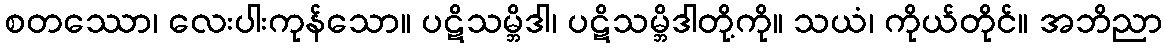
စတဿော၊ လေးပါးကုန်သော။ ပဋိသမ္ဘိဒါ၊ ပဋိသမ္ဘိဒါတို့ကို။ သယံ၊ ကိုယ်တိုင်။ အဘိညာ